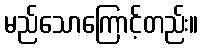
မည်သောကြောင့်တည်း။